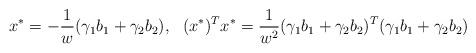
LaTeX: \begin{align*} x^{*}=-\frac{1}{w}(\gamma_1 b_1+\gamma_2 b_2),\ \ (x^{*})^{T}x^{*}=\frac{1}{w^{2}}(\gamma_1 b_1+\gamma_2 b_2)^{T}(\gamma_1 b_1+\gamma_2 b_2)\end{align*}